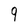
Character: 9